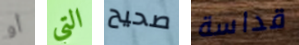
أو التي صحيح قداسة